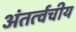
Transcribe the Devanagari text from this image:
अंतर्त्वचीय